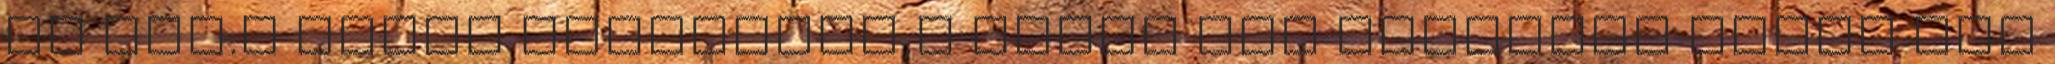
én már.A sütés kikapcsol,s addig sem gondolok másra Juj